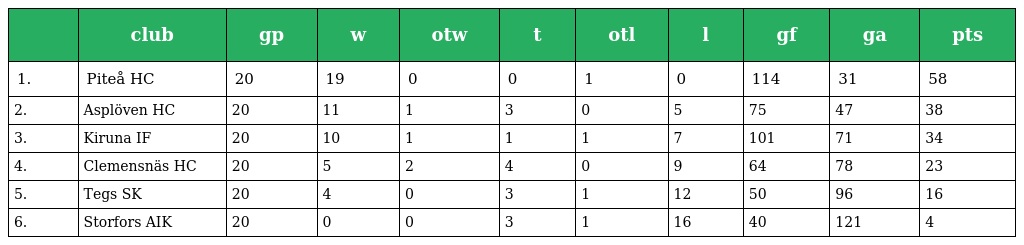
|  | club | gp | w | otw | t | otl | l | gf | ga | pts |
 | --- | --- | --- | --- | --- | --- | --- | --- | --- | --- | --- |
 | 1. | Piteå HC | 20 | 19 | 0 | 0 | 1 | 0 | 114 | 31 | 58 |
 | 2. | Asplöven HC | 20 | 11 | 1 | 3 | 0 | 5 | 75 | 47 | 38 |
 | 3. | Kiruna IF | 20 | 10 | 1 | 1 | 1 | 7 | 101 | 71 | 34 |
 | 4. | Clemensnäs HC | 20 | 5 | 2 | 4 | 0 | 9 | 64 | 78 | 23 |
 | 5. | Tegs SK | 20 | 4 | 0 | 3 | 1 | 12 | 50 | 96 | 16 |
 | 6. | Storfors AIK | 20 | 0 | 0 | 3 | 1 | 16 | 40 | 121 | 4 |